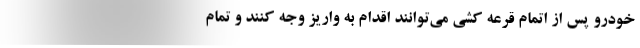
خودرو پس از اتمام قرعه کشی می‌توانند اقدام به واریز وجه کنند و تمام